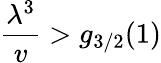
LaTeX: {\frac{\lambda^{3}}{v}}>g_{3/2}(1)